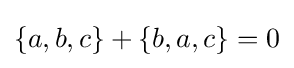
\{a,b,c\}+\{b,a,c\}=0